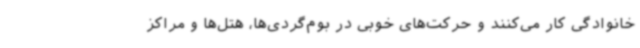
خانوادگی کار می‌کنند و حرکت‌های خوبی در بوم‌گردی‌ها، هتل‌ها و مراکز